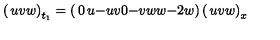
\left( \begin{matrix} { u } \\ { v } \\ { w } \\ \end{matrix} \right) _ { t _ { 1 } } = \left( \begin{matrix} { 0 } & { u } & { - u } \\ { v } & { 0 } & { - v } \\ { w } & { w } & { - 2 w } \\ \end{matrix} \right) \left( \begin{matrix} { u } \\ { v } \\ { w } \\ \end{matrix} \right) _ { x }